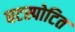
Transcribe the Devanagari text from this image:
घटस्पोटित